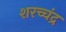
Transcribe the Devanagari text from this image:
शरच्चंंद्र